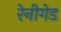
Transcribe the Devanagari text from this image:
रेनीगेड